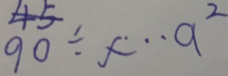
9 0 \div x \cdots a ^ { 2 }